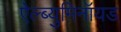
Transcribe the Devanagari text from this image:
ऐल्ब्युमिनॉयड